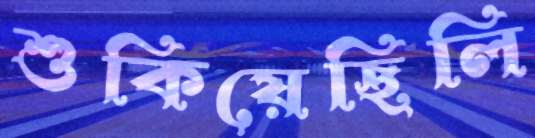
শুকিয়েছিলি